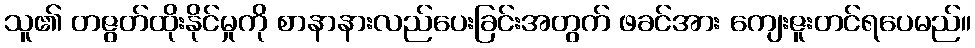
သူ၏ တဇွတ်ထိုးနိုင်မှုကို စာနာနားလည်ပေးခြင်းအတွက် ဖခင်အား ကျေးဇူးတင်ရပေမည်။